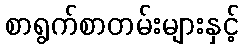
စာရွက်စာတမ်းများနှင့်